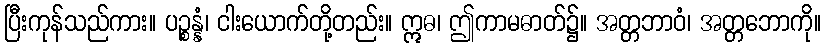
ပြီးကုန်သည်ကား။ ပဉ္စန္နံ၊ ငါးယောက်တို့တည်း။ ဣဓ၊ ဤကာမဓာတ်၌။ အတ္တဘာဝံ၊ အတ္တဘောကို။